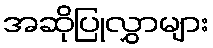
အဆိုပြုလွှာများ